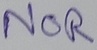
Text: NOR